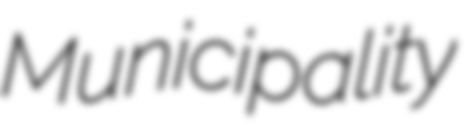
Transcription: Municipality